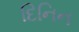
દિનિન